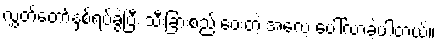
လွှတ်တော်နှစ်ရပ်ခွဲပြီး သီးခြားစည်းဝေးတဲ့ အလေ့ ပေါ်လာခဲ့ပါတယ်။